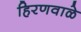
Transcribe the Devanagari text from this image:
हिरणवाळे